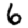
Digit: 6